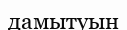
дамытуын